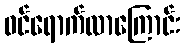
ဝင်ရောက်လာကြောင်း